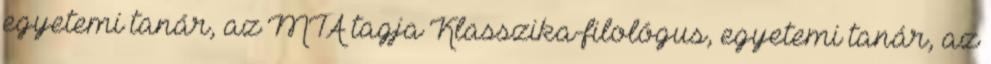
egyetemi tanár, az MTA tagja Klasszika-filológus, egyetemi tanár, az